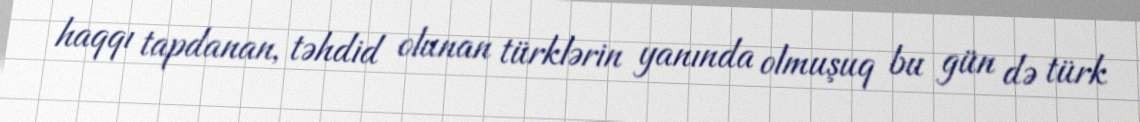
haqqı tapdanan, təhdid olunan türklərin yanında olmuşuq bu gün də türk